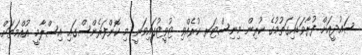
ސައުދީއަށް ފުރާވަޑައިގަތުމުގެ ކުރިން މިނިސްޓަރ ކުރެއްވި ޓުވީޓުގައިވަނީ މި ކޮންފަރެންސްގައި އިސްލާމީ އުއްމަތަށް